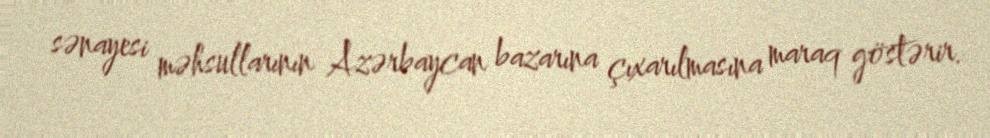
sənayesi məhsullarının Azərbaycan bazarına çıxarılmasına maraq göstərir.